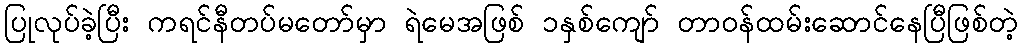
ပြုလုပ်ခဲ့ပြီး ကရင်နီတပ်မတော်မှာ ရဲမေအဖြစ် ၁နှစ်ကျော် တာဝန်ထမ်းဆောင်နေပြီဖြစ်တဲ့